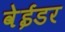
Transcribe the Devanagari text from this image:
वेईडर